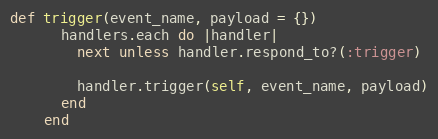
Language: Ruby
def trigger(event_name, payload = {})
      handlers.each do |handler|
        next unless handler.respond_to?(:trigger)

        handler.trigger(self, event_name, payload)
      end
    end